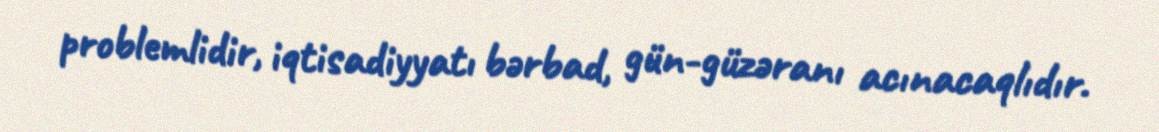
problemlidir, iqtisadiyyatı bərbad, gün-güzəranı acınacaqlıdır.